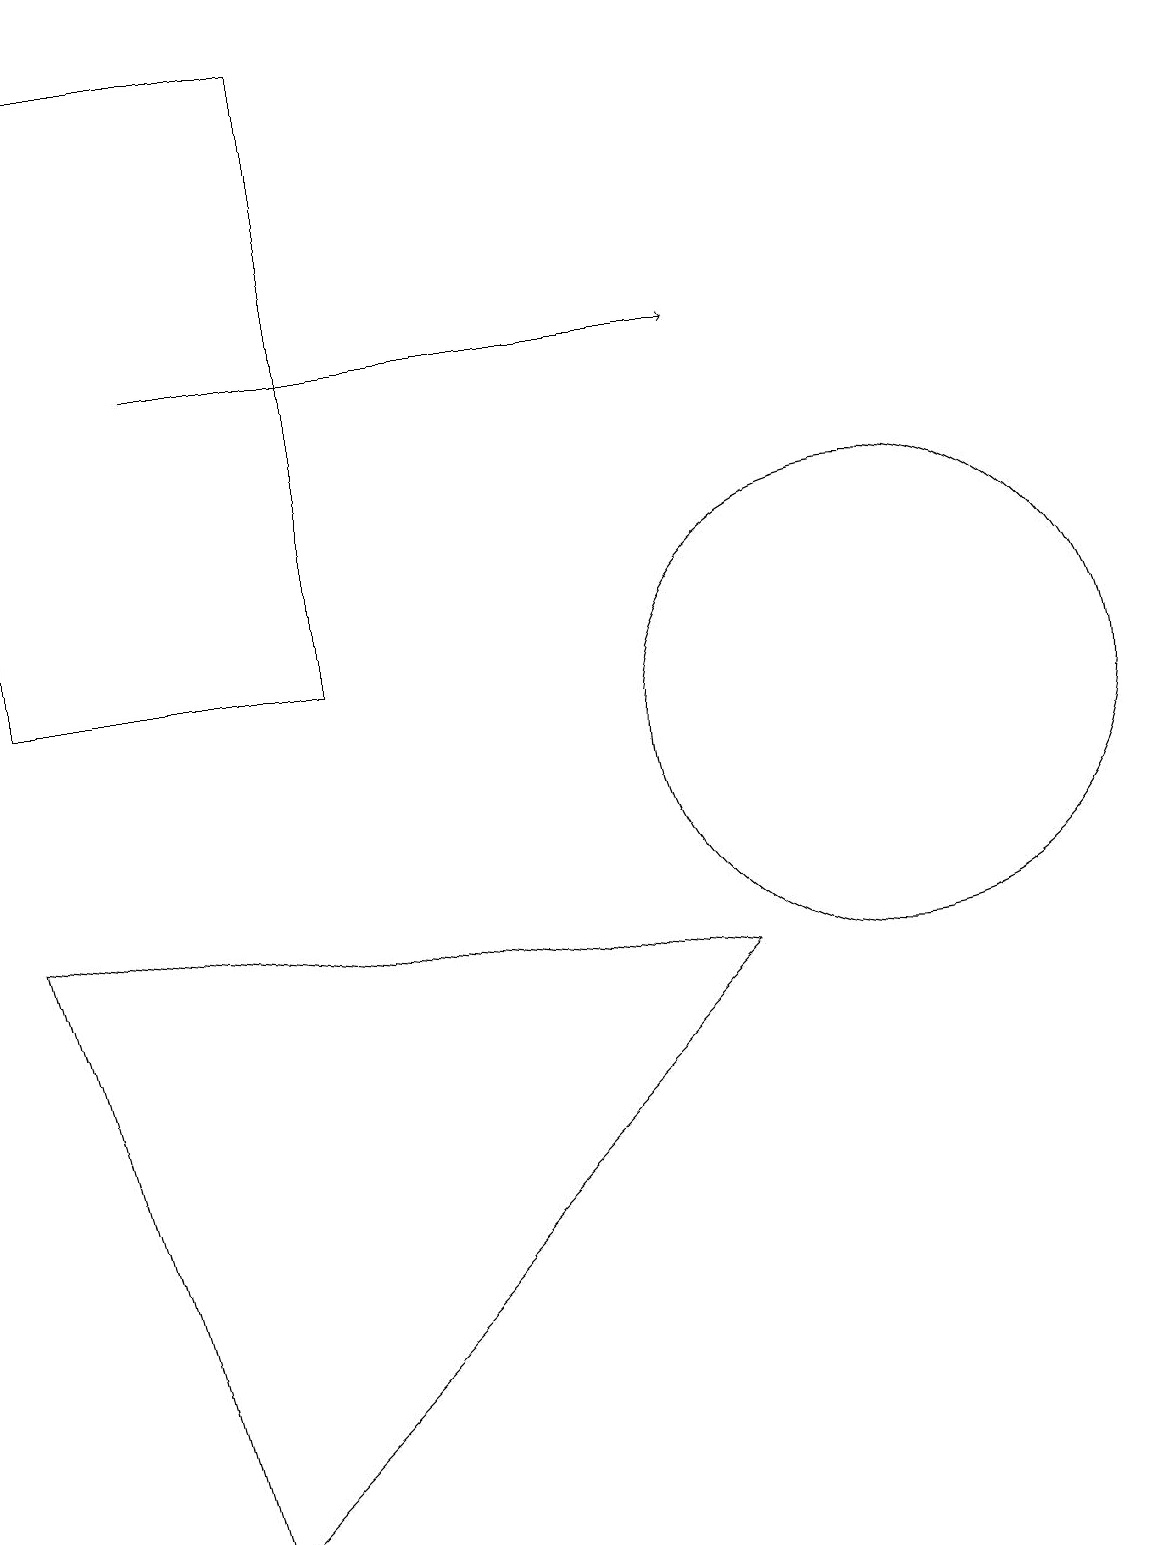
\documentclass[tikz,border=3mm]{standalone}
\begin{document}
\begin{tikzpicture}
\draw (11,10) circle (3);
\draw (0,8) -- (2,0) -- (9,7) -- cycle;
\draw (4,11) rectangle (0,19);
\draw[->] (2,15) -- (9,15);
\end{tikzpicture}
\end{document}